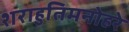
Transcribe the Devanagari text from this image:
शराहुतिमनोहरे